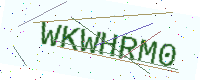
Text: WKWHRM0